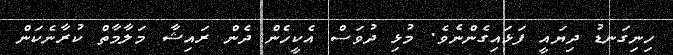
ހިނިގަނޑު ދިޔައީ ފަޅައިގެންނެވެ. މުޅި ދުވަސް އެކީހެން ދެން ރައިޝާ މަލާމާތް ކުރާނެކަން